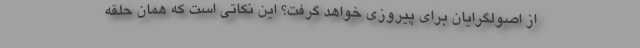
از اصولگرایان برای پیروزی خواهد گرفت؟ این نکاتی است که همان حلقه